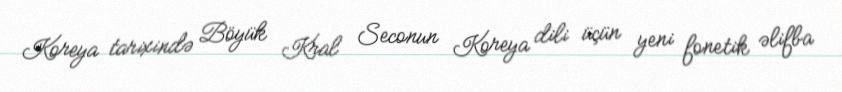
Koreya tarixində Böyük Kral Seconun Koreya dili üçün yeni fonetik əlifba